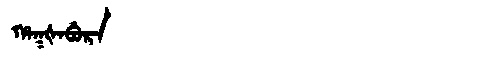
Manchu: ᡥᠠᡴᡧᠠᠪᡠᡵᠠ
Romanization: HAKŠABURA